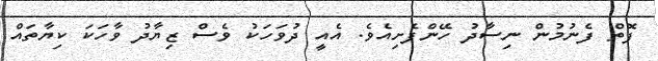
ފޮތް ފެނުމުން ނިސާދު ހޭންފެށިއެވެ. އެއީ ދުވަހަކު ވެސް ޒިޔާދު ވާހަކަ ކިޔާތައް